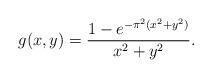
LaTeX: \begin{align*}g(x,y) = \frac{1-e^{-\pi^2(x^2+y^2)}}{x^2+y^2}.\end{align*}